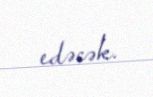
edəcək.